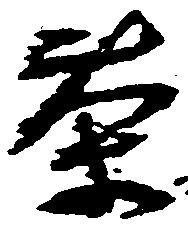
茶